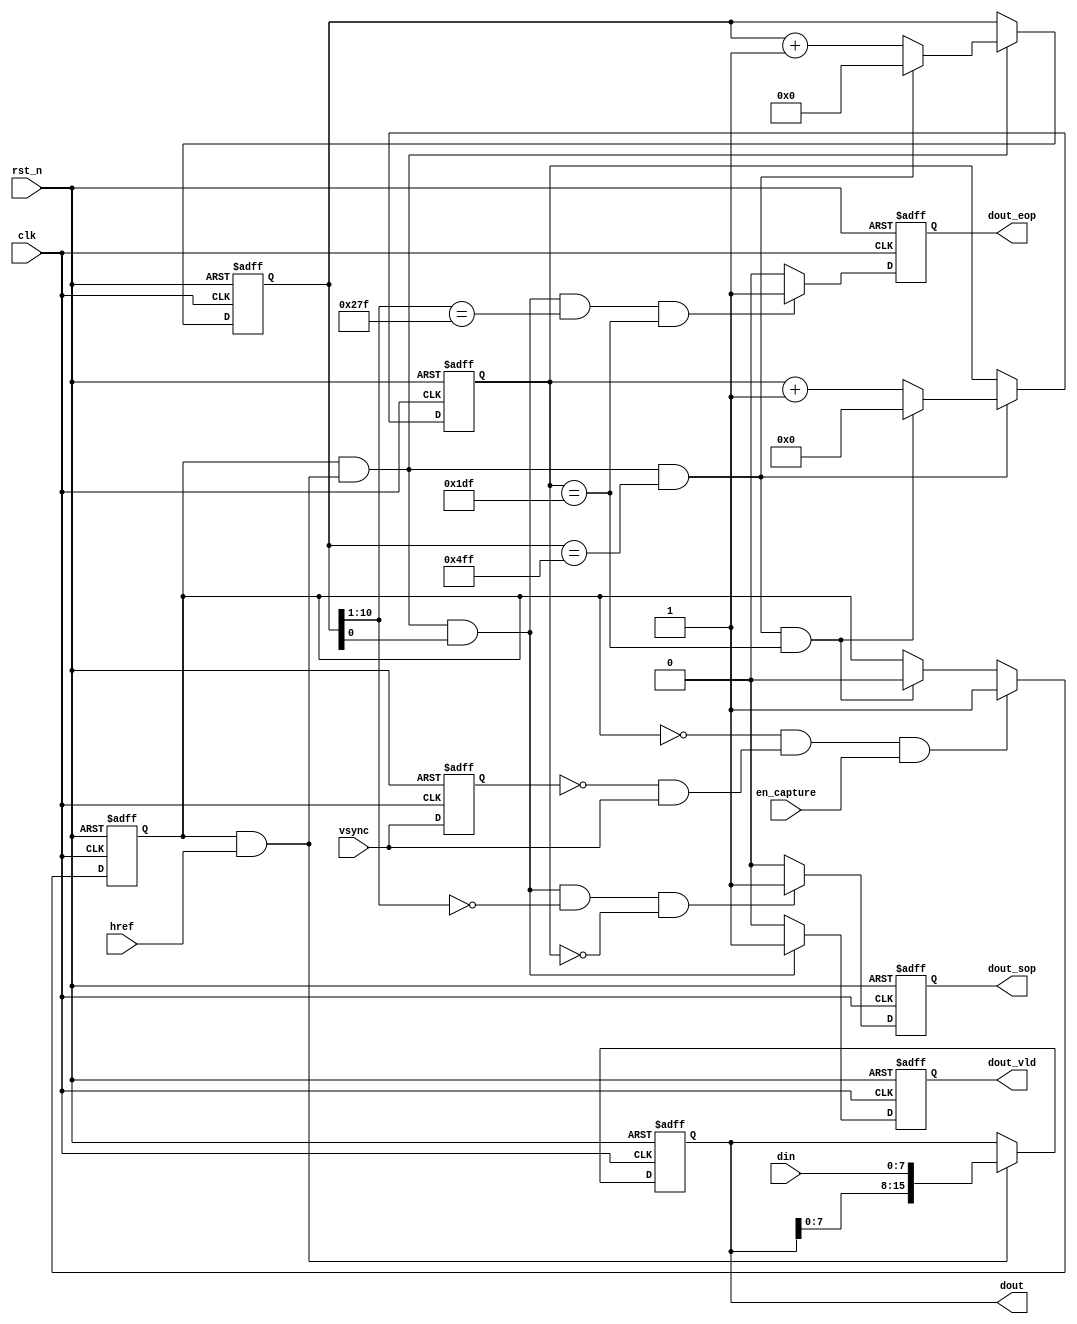
/************************************************************************************
The code is designed and produced by MDY Science and Education Co., Ltd, which has the entire ownership. It is only for personal learning, which cannot be used for commercial or profit-making purposes without permission.

    MDY's Mission: Develop Chip Talents and Realize National Chip Dream.

    We sincerely hope that our students can learn the real IC / FPGA code through our standard and rigorous code.

    For more FPGA learning materials, please visit the Forum: http://fpgabbs.com/ and official website: http://www.mdy-edu.com/index.html 

    *************************************************************************************/
module cmos_capture(
    clk         ,
    rst_n       ,
    en_capture  ,
    vsync       ,
    href        ,
    din         ,
    dout        ,
    dout_vld    ,
    dout_sop    ,
    dout_eop     
);

    parameter     COL    = 640;
    parameter     ROW    = 480;

    input          clk          ; 
    input          rst_n        ;
    input          en_capture   ;
    input          vsync        ;
    input          href         ;
    input  [7:0]   din          ;

    output [15:0]  dout         ;
    output         dout_vld     ;
    output         dout_sop     ;
    output         dout_eop     ;

    reg    [15:0]  dout         ;
    reg            dout_vld     ;
    reg            dout_sop     ;
    reg            dout_eop     ;
    reg    [10:0]  cnt_x      ;
    reg    [9:0]   cnt_y      ;
    reg            flag_capture ;
    reg            vsync_ff0    ;

    wire           add_cnt_x  ;
    wire           end_cnt_x  ;
    wire           add_cnt_y  ;
    wire           end_cnt_y  ;
    wire           vsync_l2h    ;
    wire           din_vld      ;
    wire           flag_dout_vld;

    always @ (posedge clk or negedge rst_n)begin
        if(!rst_n)begin
            cnt_x <= 0;
        end
        else if(add_cnt_x)begin
            if(end_cnt_x)begin
                cnt_x <= 0;
            end
            else begin
                cnt_x <= cnt_x + 1;
            end
        end
    end

    assign add_cnt_x = flag_capture && din_vld;
    assign end_cnt_x = add_cnt_x && cnt_x == COL*2-1;

    always @ (posedge clk or negedge rst_n)begin
        if(!rst_n)begin
            cnt_y <= 0;
        end
        else if(add_cnt_y)begin
            if(end_cnt_y)begin
                cnt_y <= 0;
            end
            else begin
                cnt_y <= cnt_y + 1;
            end
        end
    end

    assign add_cnt_y = end_cnt_x;
    assign end_cnt_y = add_cnt_y && cnt_y == ROW-1;

    always @ (posedge clk or negedge rst_n)begin
        if(!rst_n)begin
            flag_capture <= 0;
        end
        else if(flag_capture == 0 && vsync_l2h && en_capture)begin
            flag_capture <= 1;
        end
        else if(end_cnt_y)begin
            flag_capture <= 0;
        end
    end

    assign vsync_l2h = vsync_ff0 == 0 && vsync == 1;

    always @ (posedge clk or negedge rst_n)begin
        if(!rst_n)begin
            vsync_ff0 <= 0;
        end
        else begin
            vsync_ff0 <= vsync;
        end
    end

    always @ (posedge clk or negedge rst_n)begin
        if(!rst_n)begin
            dout <= 0;
        end
        else if(din_vld)begin
            dout <= {dout[7:0],din};
        end
    end

    assign din_vld = flag_capture && href;

    always @ (posedge clk or negedge rst_n)begin
        if(!rst_n)begin
            dout_vld <= 0;
        end
        else if(flag_dout_vld)begin
            dout_vld <= 1;
        end
        else begin
            dout_vld <= 0;
        end
    end

    assign flag_dout_vld = add_cnt_x && cnt_x[0] == 1;

    always @ (posedge clk or negedge rst_n)begin
        if(!rst_n)begin
            dout_sop <= 0;
        end
        else if(flag_dout_vld && cnt_x[10:1] == 0 && cnt_y == 0)begin
            dout_sop <= 1;
        end
        else begin
            dout_sop <= 0;
        end
    end

    always @ (posedge clk or negedge rst_n)begin
        if(!rst_n)begin
            dout_eop <= 0;
        end
        else if(flag_dout_vld && cnt_x[10:1] == COL-1 && cnt_y == ROW-1)begin
            dout_eop <= 1;
        end
        else begin
            dout_eop <= 0;
        end
    end

endmodule